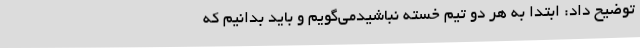
توضیح داد: ابتدا به هر دو تیم خسته نباشیدمی‌گویم و باید بدانیم که